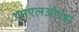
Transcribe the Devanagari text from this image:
एनएलओएस